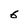
Character: 6